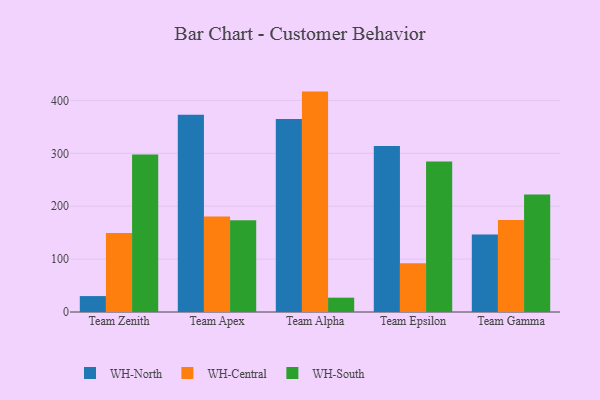
{"axis": {"x": "Team", "y": "Market Share (%)"}, "legend": ["WH-Central", "WH-North", "WH-South"], "data": [{"x": "Team Zenith", "y": 30.1, "type": "WH-North"}, {"x": "Team Zenith", "y": 149.5, "type": "WH-Central"}, {"x": "Team Zenith", "y": 297.9, "type": "WH-South"}, {"x": "Team Apex", "y": 373.1, "type": "WH-North"}, {"x": "Team Apex", "y": 180.4, "type": "WH-Central"}, {"x": "Team Apex", "y": 173.7, "type": "WH-South"}, {"x": "Team Alpha", "y": 364.8, "type": "WH-North"}, {"x": "Team Alpha", "y": 416.7, "type": "WH-Central"}, {"x": "Team Alpha", "y": 27.1, "type": "WH-South"}, {"x": "Team Epsilon", "y": 313.7, "type": "WH-North"}, {"x": "Team Epsilon", "y": 92.0, "type": "WH-Central"}, {"x": "Team Epsilon", "y": 284.4, "type": "WH-South"}, {"x": "Team Gamma", "y": 146.7, "type": "WH-North"}, {"x": "Team Gamma", "y": 173.8, "type": "WH-Central"}, {"x": "Team Gamma", "y": 222.3, "type": "WH-South"}]}